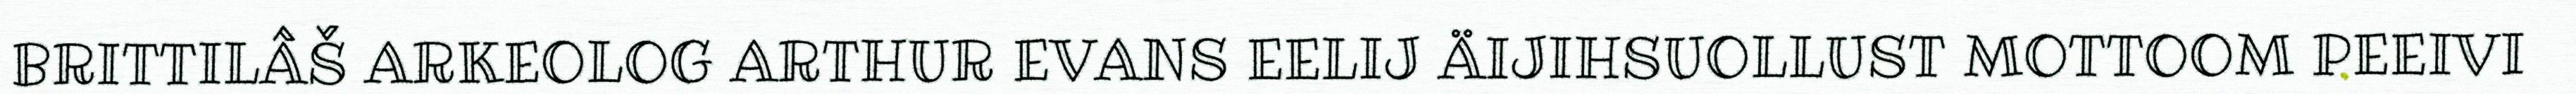
BRITTILÂŠ ARKEOLOG ARTHUR EVANS EELIJ ÄIJIHSUOLLUST MOTTOOM PEEIVI